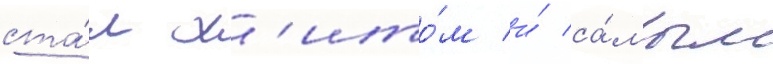
ста́л х'ито́м и́ са́мым